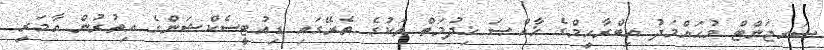
ސަރޖަންޓް މުޙައްމަދު އިބްރާހީމްގެ ޚާއްޞަ ޚިދުމަތް ތަކުގެ ތެރޭގައި ޑިއުޓީސެކްޝަންގެ އިތުރުން އާމަރީ